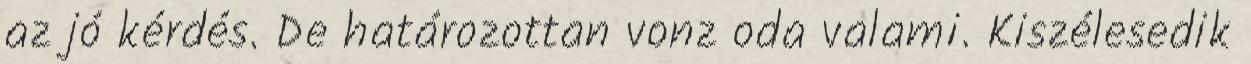
az jó kérdés. De határozottan vonz oda valami. Kiszélesedik